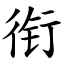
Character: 衔